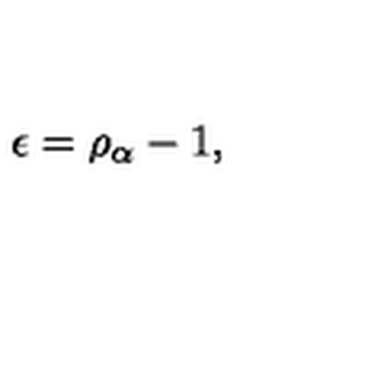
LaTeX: \epsilon = \rho _ { \alpha } - 1 ,